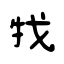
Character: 牫